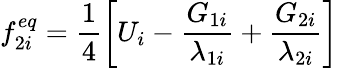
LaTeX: f_{2i}^{eq}=\frac{1}{4}\left[U_{i}-\frac{G_{1i}}{\lambda_{1i}}+\frac{G_{2i}}{\lambda_{2i}}\right]